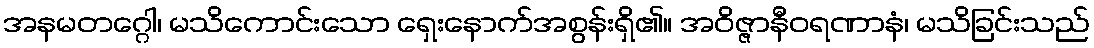
အနမတဂ္ဂေါ၊ မသိကောင်းသော ရှေးနောက်အစွန်းရှိ၏။ အဝိဇ္ဇာနီဝရဏာနံ၊ မသိခြင်းသည်